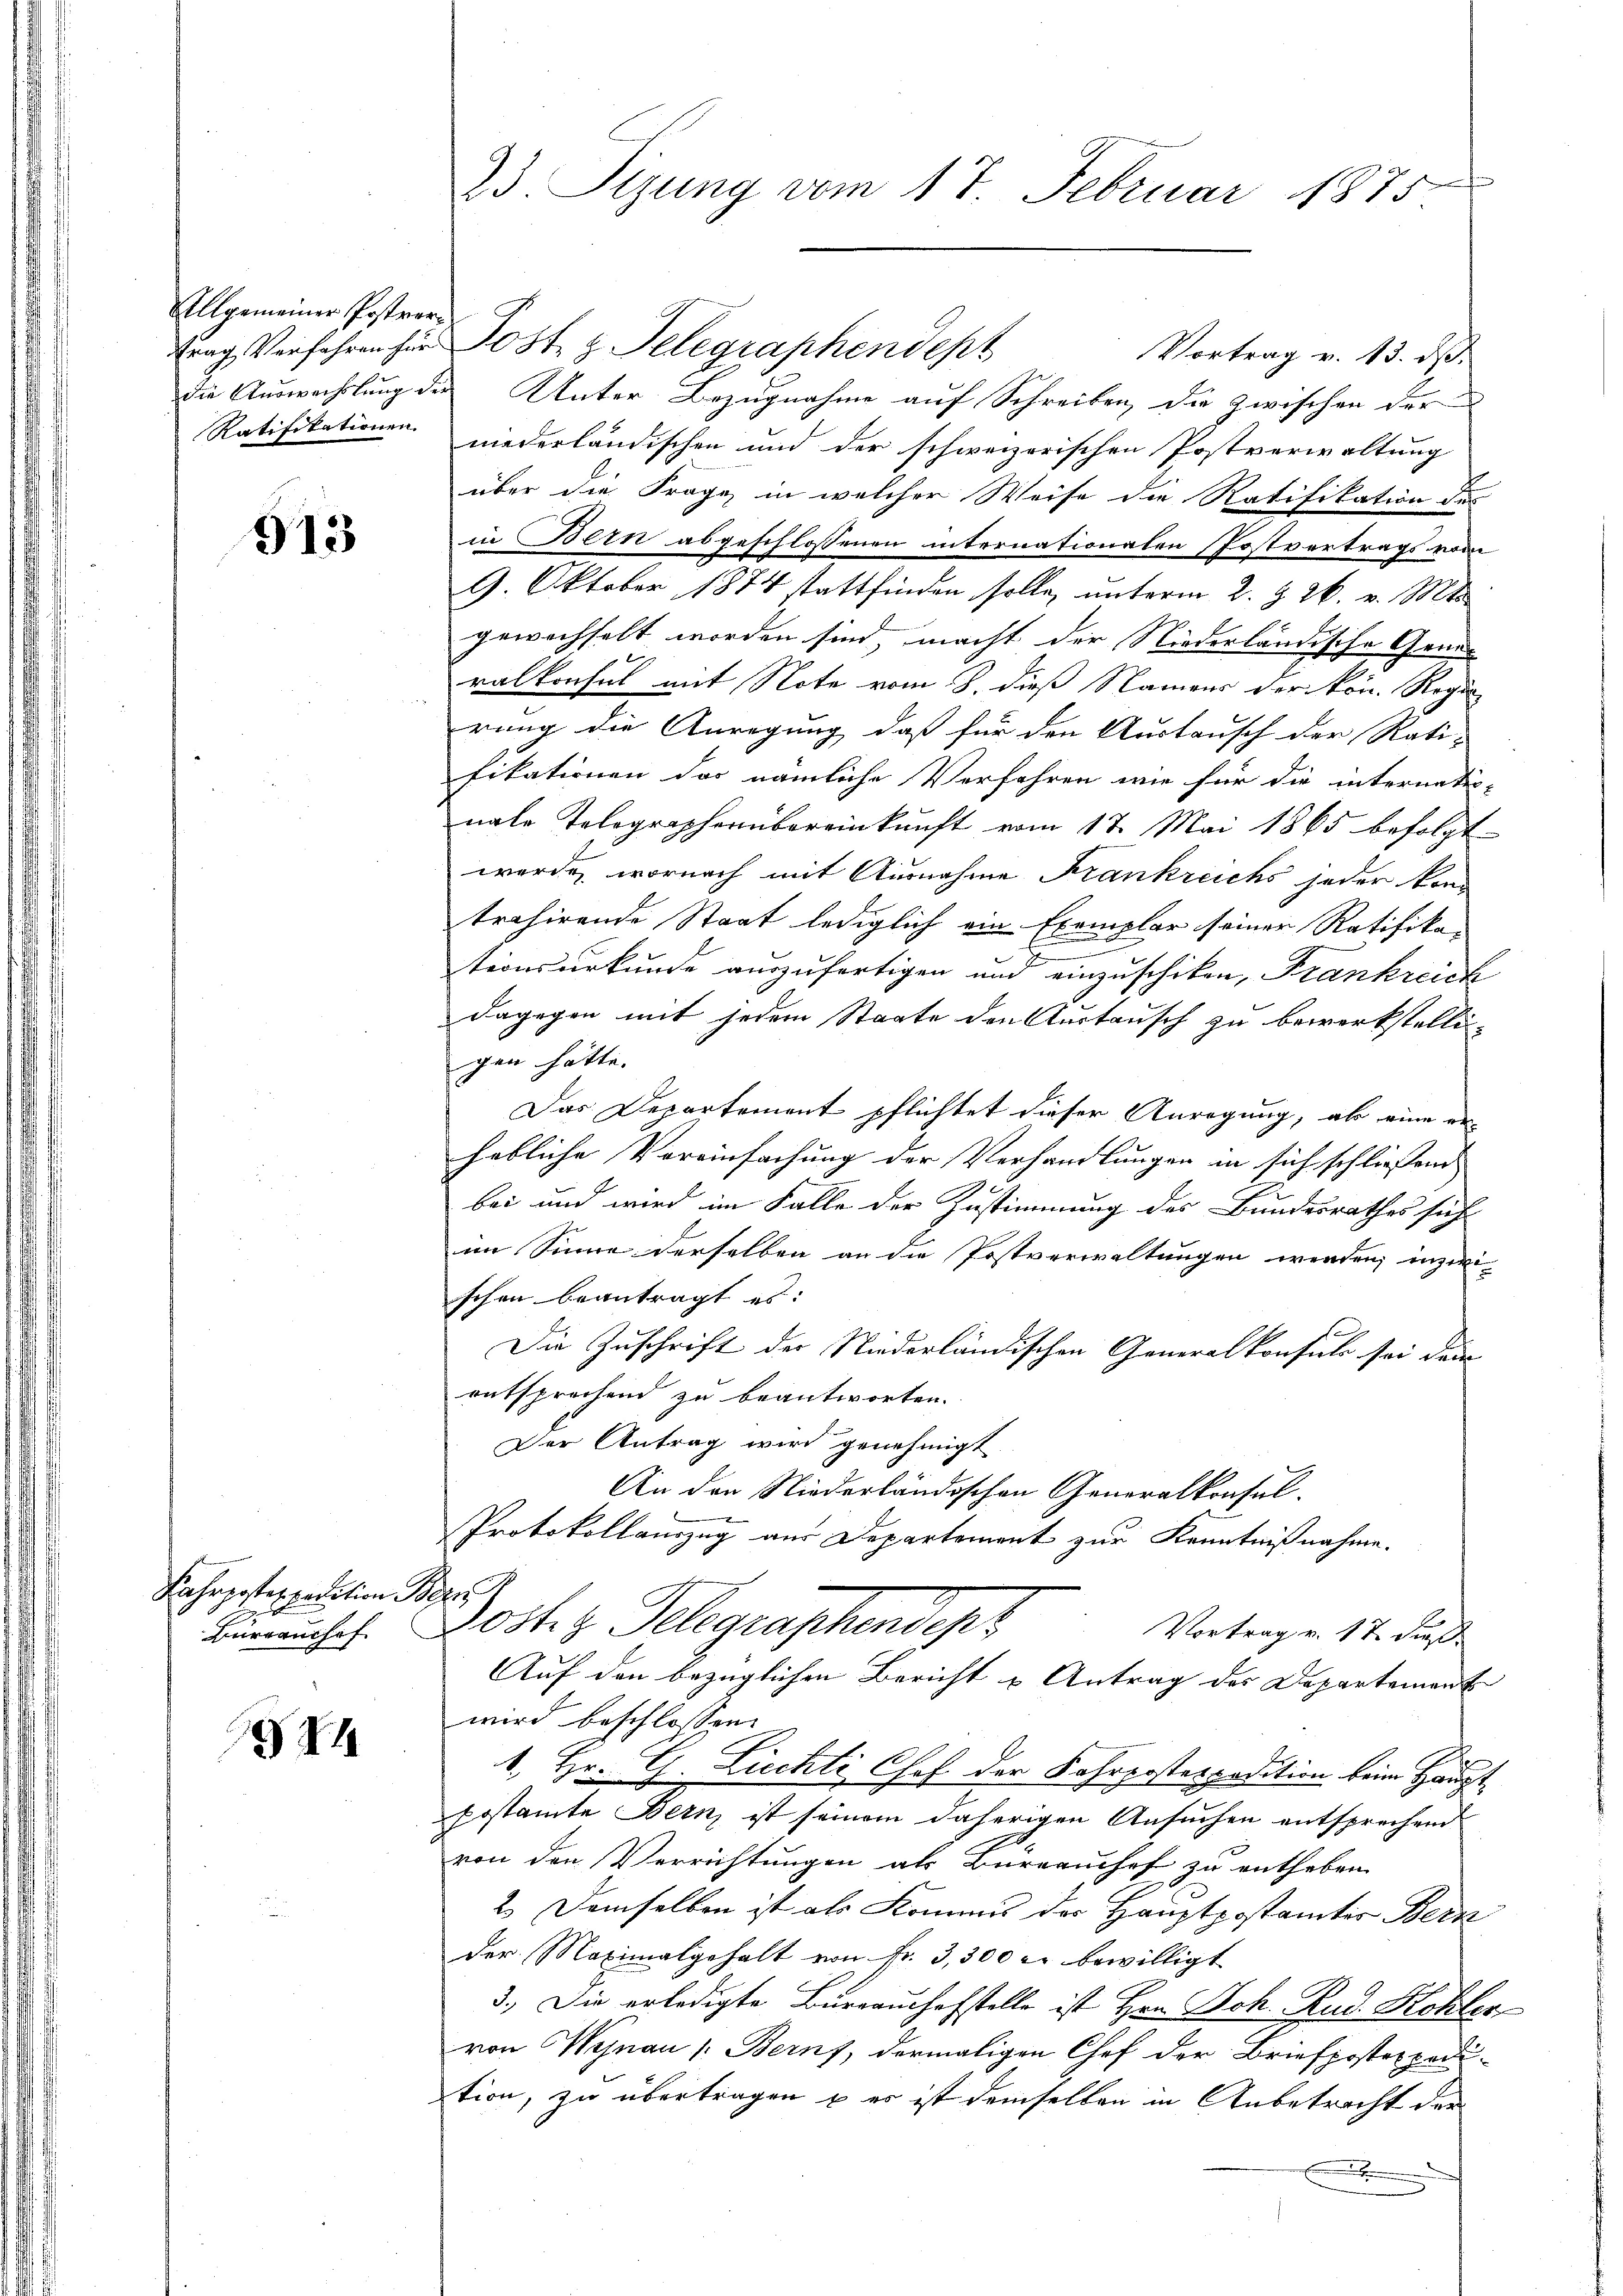
Allgemeiner Postver¬

913

Fahrpostexpedition Bez
Büreaushof

544

23. Sizung vom 17. Februar 1875.

trag Verfahren her Post z. Telegraphendept
Vortrag v. 13. ds.
die Auswachslung der Unter Bezugnahme auf Schreiben, die zwischen der
Ratifikationen niederländischen und der schweizerischen Postverwaltung
über die Frage, in welcher Weise die Ratifikation der
in Bern abgeschlossenen internationalen Postvertrags vom
9. Oktober 1874 stattfinden solle, unterm 2. §. 26. v. Mts.
gewechselt worden sind, macht der Niederländische Grund-
ralkonsul mit Note vom 8. dieß Namens der kön. Regi
rung die Anregung, daß für den Austausch der Rati-
fikationen das nämliche Verfahren wie für die internatio-
nale Tolographenbereinkunft vom 17. Mai 1865 befolgt
werde, wornach mit Ausnahme Frankreichs jeder kon
trahirende Staat lediglich ein Exemplar seiner Ratifika-
.
tionsurkunde auszufertigen und einzuschiken, Frankreich
dagegen mit jedem Staate den Austausch zu bewerkstelli
gen hätte.
Das Departement pflichtet dieser Anregung, als eine er-
hebliche Vereinfachung der Verhandlungen in sich schliessend
bei und wird im Falle der Zustimmung des Bundesrathes sich
im Sinne derselben an die Postverwaltungen werden, inzwi-
schen beantragt es:
Die Zuschrift der Niederländischen Generalkonsuls sei dem
entsprechend zu beantworten.
Der Antrag wird genehmigt.
An den Niederländischen Generalkonsul-
Protokollauszug aus Departement zur Kenntnißnahme.
20ste z. Telegraphendepr
Vortrag v. 17. dieß
Auf den bezüglichen Bericht u Antrag des Departement
wird beschlossen:
1. Hr. G. Ziechti Chef der Fahrposterpedition beim Haupt¬
Erstamte Bern, ist seinem daherigen Ansuchen entsprechend
von den Verrichtungen als Büreaushof zu entheben.
2.) Demselben ist als Kommis des Hauptpostamtes Bern
der Maximalgehalt von fr. 3,300 r. bewilligt
3.) Die erledigte Bureauchefstelle ist Hrn. Joh. Rud. Kohler
von Wynau (Berns, dermaligen Chef der Briefposten pedution, zu übertragen u. er ist demselben in Anbetracht der
.
d